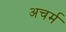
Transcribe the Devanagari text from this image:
अचर्म